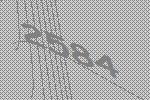
2584